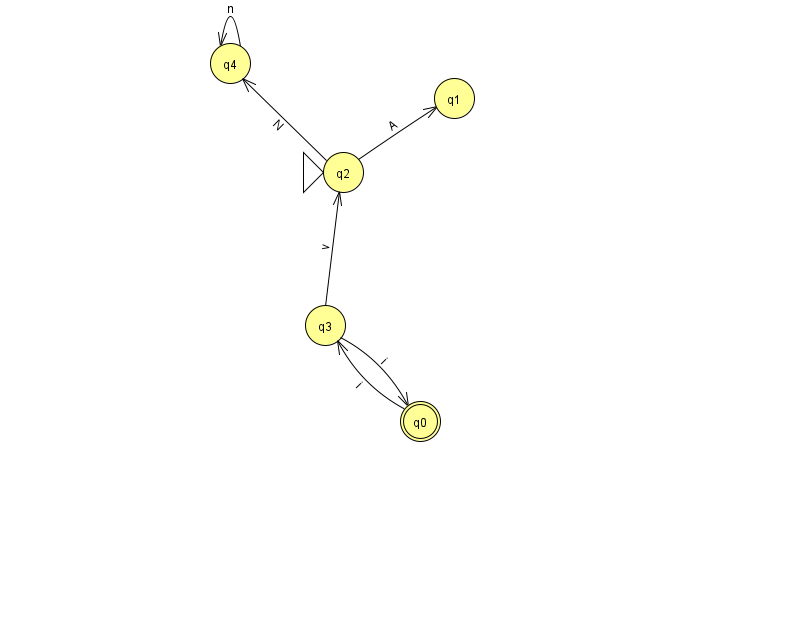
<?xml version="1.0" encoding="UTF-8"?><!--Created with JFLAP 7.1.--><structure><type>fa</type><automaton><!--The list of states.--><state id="0" name="q0"><x>420.0</x><y>408.0</y><final/></state><state id="1" name="q1"><x>454.0</x><y>85.0</y></state><state id="2" name="q2"><x>343.0</x><y>159.0</y><initial/></state><state id="3" name="q3"><x>325.0</x><y>312.0</y></state><state id="4" name="q4"><x>230.0</x><y>50.0</y></state><!--The list of transitions.--><transition><from>0</from><to>3</to><read>i</read></transition><transition><from>2</from><to>4</to><read>N</read></transition><transition><from>3</from><to>0</to><read>i</read></transition><transition><from>3</from><to>2</to><read>v</read></transition><transition><from>2</from><to>1</to><read>A</read></transition><transition><from>4</from><to>4</to><read>n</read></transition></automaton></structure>